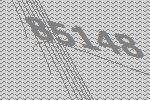
85148